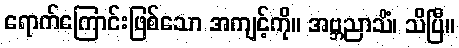
ရောက်ကြောင်းဖြစ်သော အကျင့်ကို။ အဗ္ဘညာသိံ၊ သိပြီ။